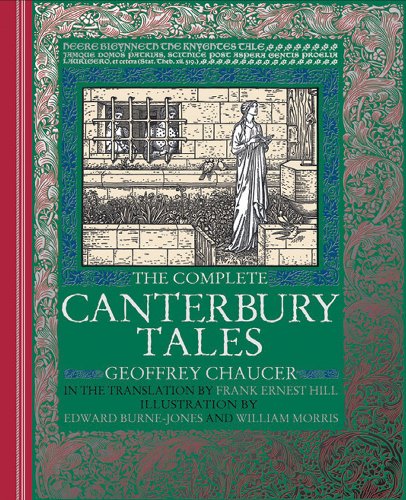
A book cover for The Complete Canterbury Tales; Geoffrey Chaucer; Christian Books & Bibles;